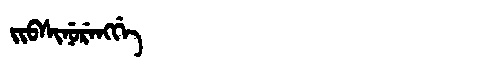
Manchu: ᠵᡳᠪᠰᡳᠨᡠᡵᡝᠩᡤᡝ
Romanization: JIBSINURENGGE